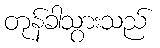
တုန်ခါသွားသည်